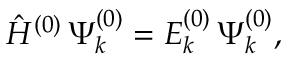
\hat { H } ^ { ( 0 ) } \, \Psi _ { k } ^ { ( 0 ) } = E _ { k } ^ { ( 0 ) } \, \Psi _ { k } ^ { ( 0 ) } ,